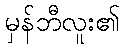
မှန်ဘီလူး၏